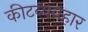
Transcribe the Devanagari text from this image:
कीटव्यवहार